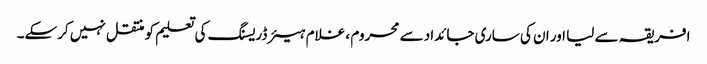
افریقہ سے لیا اور ان کی ساری جائداد سے محروم ، غلام ہیئر ڈریسنگ کی تعلیم کو منتقل نہیں کرسکے۔